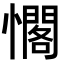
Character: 𭟉